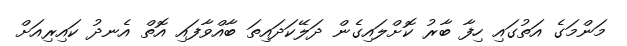
މަންމަގެ އަތުގައި ހިފާ ބާރު ކޮށްލައިގެން ދަލޭކަދައިތަ ބާއްވާފައި އޮތް އެނދު ކައިރިއަށް